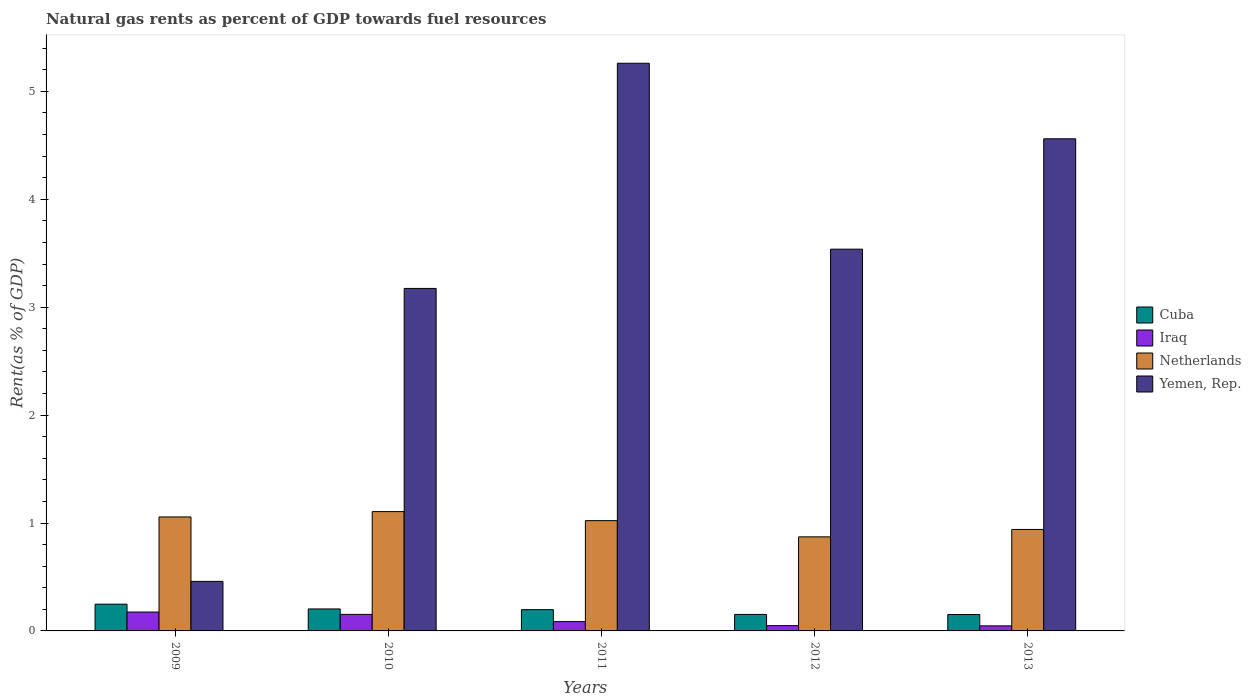
| Years | Cuba | Iraq | Netherlands | Yemen, Rep. |
 | --- | --- | --- | --- | --- |
 | 2009 | 0.248 | 0.175 | 1.06 | 0.459 |
 | 2010 | 0.204 | 0.153 | 1.11 | 3.17 |
 | 2011 | 0.197 | 0.0864 | 1.02 | 5.26 |
 | 2012 | 0.153 | 0.049 | 0.872 | 3.54 |
 | 2013 | 0.152 | 0.047 | 0.94 | 4.56 |